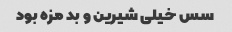
سس خیلی شیرین و بد مزه بود